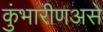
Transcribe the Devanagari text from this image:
कुंभारीणअसे